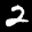
Label: 2